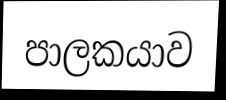
පාලකයාව